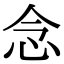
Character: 念